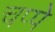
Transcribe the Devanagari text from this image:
चप्पे